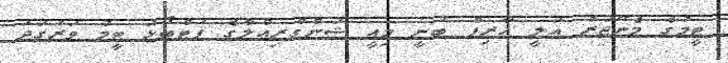
ޓީމުގެ މެނޭޖަރު އަލީ އާރިފް ބުނީ މިއީ ޝަންގްރިއްލާގެ ފުޓްބޯޅަ ޓީމު ވަރުގަދަ